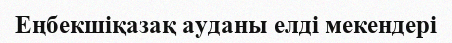
Еңбекшіқазақ ауданы елді мекендері